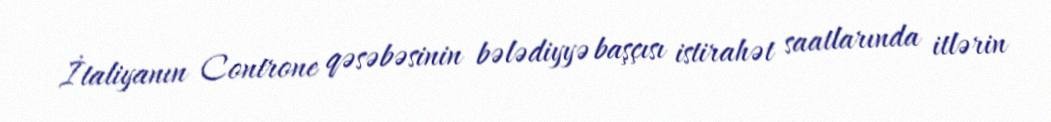
İtaliyanın Controne qəsəbəsinin bələdiyyə başçısı istirahət saatlarında itlərin